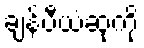
ချန်ပီယံဆုကို